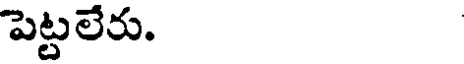
పెట్టలేరు.